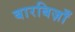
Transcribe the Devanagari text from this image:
बारबिज़ाँ